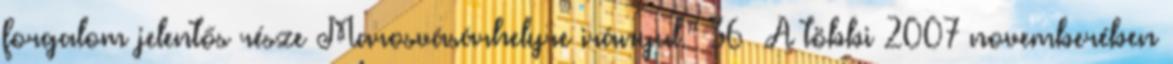
forgalom jelentős része Marosvásárhelyre irányul.” 36 A többi 2007 novemberében